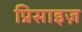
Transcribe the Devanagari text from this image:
प्रिसाइज़